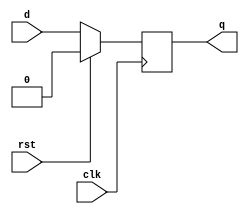
module dff(q, d, clk, rst);
  input d, clk, rst;
  output reg q;

  always @(posedge clk) begin
    if (rst==1'b1) q <= 1'b0;
    else q <= d;
  end
endmodule

module reg8bit(out, in, clk, ld, asr, lsl, clr);
  output [7:0] out;
  input [7:0] in;
  input clk;
  input ld;
  input asr;
  input lsl;
  input clr;
  
  reg [7:0] ff_inp;
  wire [7:0] ff_out;

  assign out = ff_out;
    
  genvar p;
  for(p=0;p<8;p=p+1)
    begin:rg
      dff dff_rg(ff_out[p], ff_inp[p], clk, clr);
    end

  
  always@(*)
    begin
      if(ld)
        begin
          ff_inp = in;
        end
      else
        begin
          if(asr)
          begin
            ff_inp = {ff_out[7],ff_out[7:1]};
          end
          else if (lsl)
          begin
            ff_inp = {ff_out[6:0],1'b0};
          end
        end
    end
endmodule